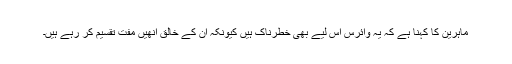
ماہرین کا کہنا ہے کہ یہ وائرس اس لیے بھی خطرناک ہیں کیونکہ ان کے خالق انھیں مفت تقسیم کر رہے ہیں۔